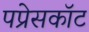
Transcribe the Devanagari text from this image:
पप्रेसकॉट